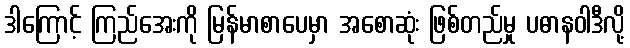
ဒါကြောင့် ကြည်အေးကို မြန်မာစာပေမှာ အစောဆုံး ဖြစ်တည်မှု ပဓာနဝါဒီလို့